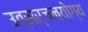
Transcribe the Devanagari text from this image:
उत्सर्जनयोग्य